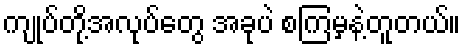
ကျုပ်တို့အလုပ်တွေ အခုပဲ စကြမှနဲ့တူတယ်။